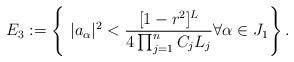
LaTeX: \begin{align*}E_3:=\left\{\ |a_\alpha|^2<\frac{[1-r^2]^{L}}{4\prod_{j=1}^n C_j L_j}\forall \alpha\in J_1\right\}.\end{align*}